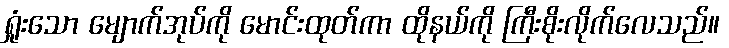
ရှုံးသော မျောက်အုပ်ကို မောင်းထုတ်ကာ ထိုနယ်ကို ကြီးစိုးလိုက်လေသည်။